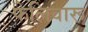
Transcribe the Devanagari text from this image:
फेलिवारू